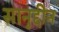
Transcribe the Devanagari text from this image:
सानुद्दीन